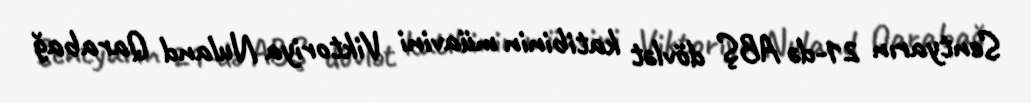
Sentyarın 21-də ABŞ dövlət katibinin müavini Viktoriya Nuland Qarabağ